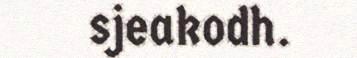
sjeakodh.